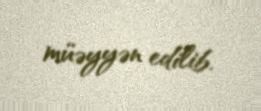
müəyyən edilib.